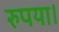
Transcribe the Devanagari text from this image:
रुपया।